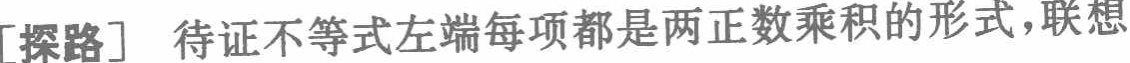
[探路] 待证不等式左端每项都是两正数乘积的形式，联想